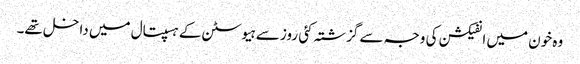
وہ خون میں انفیکشن کی وجہ سے گزشتہ کئی روز سے ہیوسٹن کے ہسپتال میں داخل تھے۔